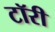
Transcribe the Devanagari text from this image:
टॉरी